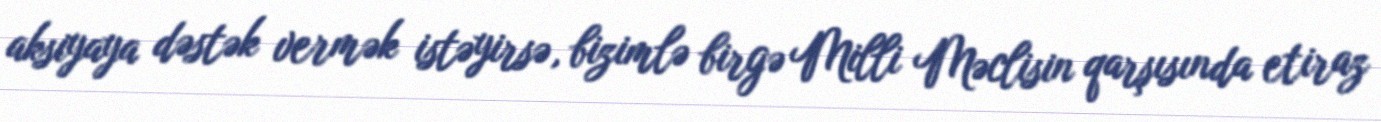
aksiyaya dəstək vermək istəyirsə, bizimlə birgə Milli Məclisin qarşısında etiraz